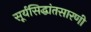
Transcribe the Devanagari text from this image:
सूर्यसिद्धांतसारणी